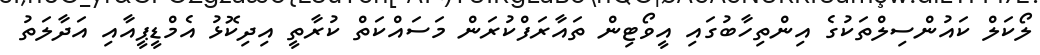
ލޯކަލް ކައުންސިލްތަކުގެ އިންތިހާބުގައި އީވޯޓިން ތައާރަފްކުރަން މަސައްކަތް ކުރާތީ އިދިކޮޅު އެމްޑީޕީއާއި އަދާލަތު